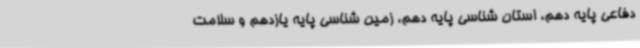
دفاعی پایه دهم، استان شناسی پایه دهم، زمین شناسی پایه یازدهم و سلامت